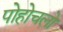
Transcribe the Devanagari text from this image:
पोहोचलो